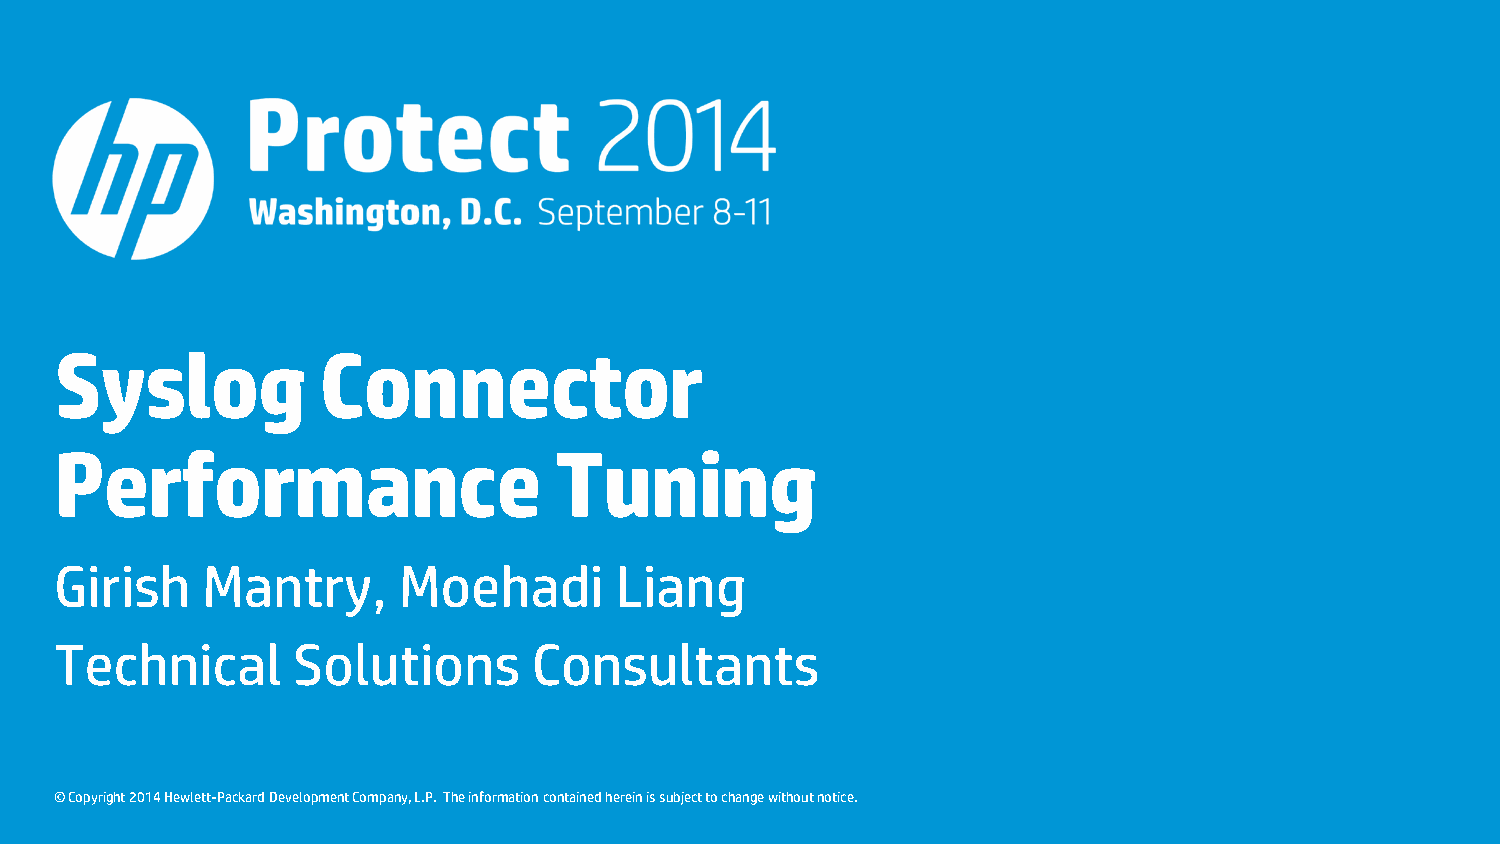
Syslog           Connector
 Performance                      Tuning
 Girish   Mantry,      Moehadi        Liang
 Technical      Solutions       Consultants
 © Copyright 2014 Hewlett-Packard Development Company, L.P. The information contained herein is subject to change without notice.